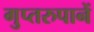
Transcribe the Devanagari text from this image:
गुप्तरुपानें